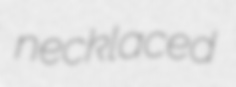
necklaced